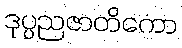
ဒုပ္ပညဇာတိကော